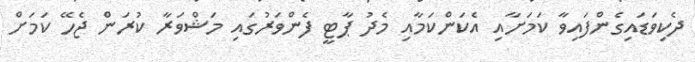
ދެކިވަޑައިގެންފައިވާ ކަމަށާއި އެކަންކަމާއި މެދު ޕާޓީ ފެންވަރުގައި މަޝްވަރާ ކުރަން ޖެހޭ ކަމަށް